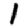
Digit: 1